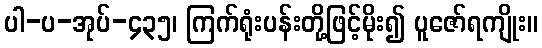
ပါ-ပ-အုပ်-၄၃၅၊ ကြက်ရုံးပန်းတို့ဖြင့်မိုး၍ ပူဇော်ရကျိုး။